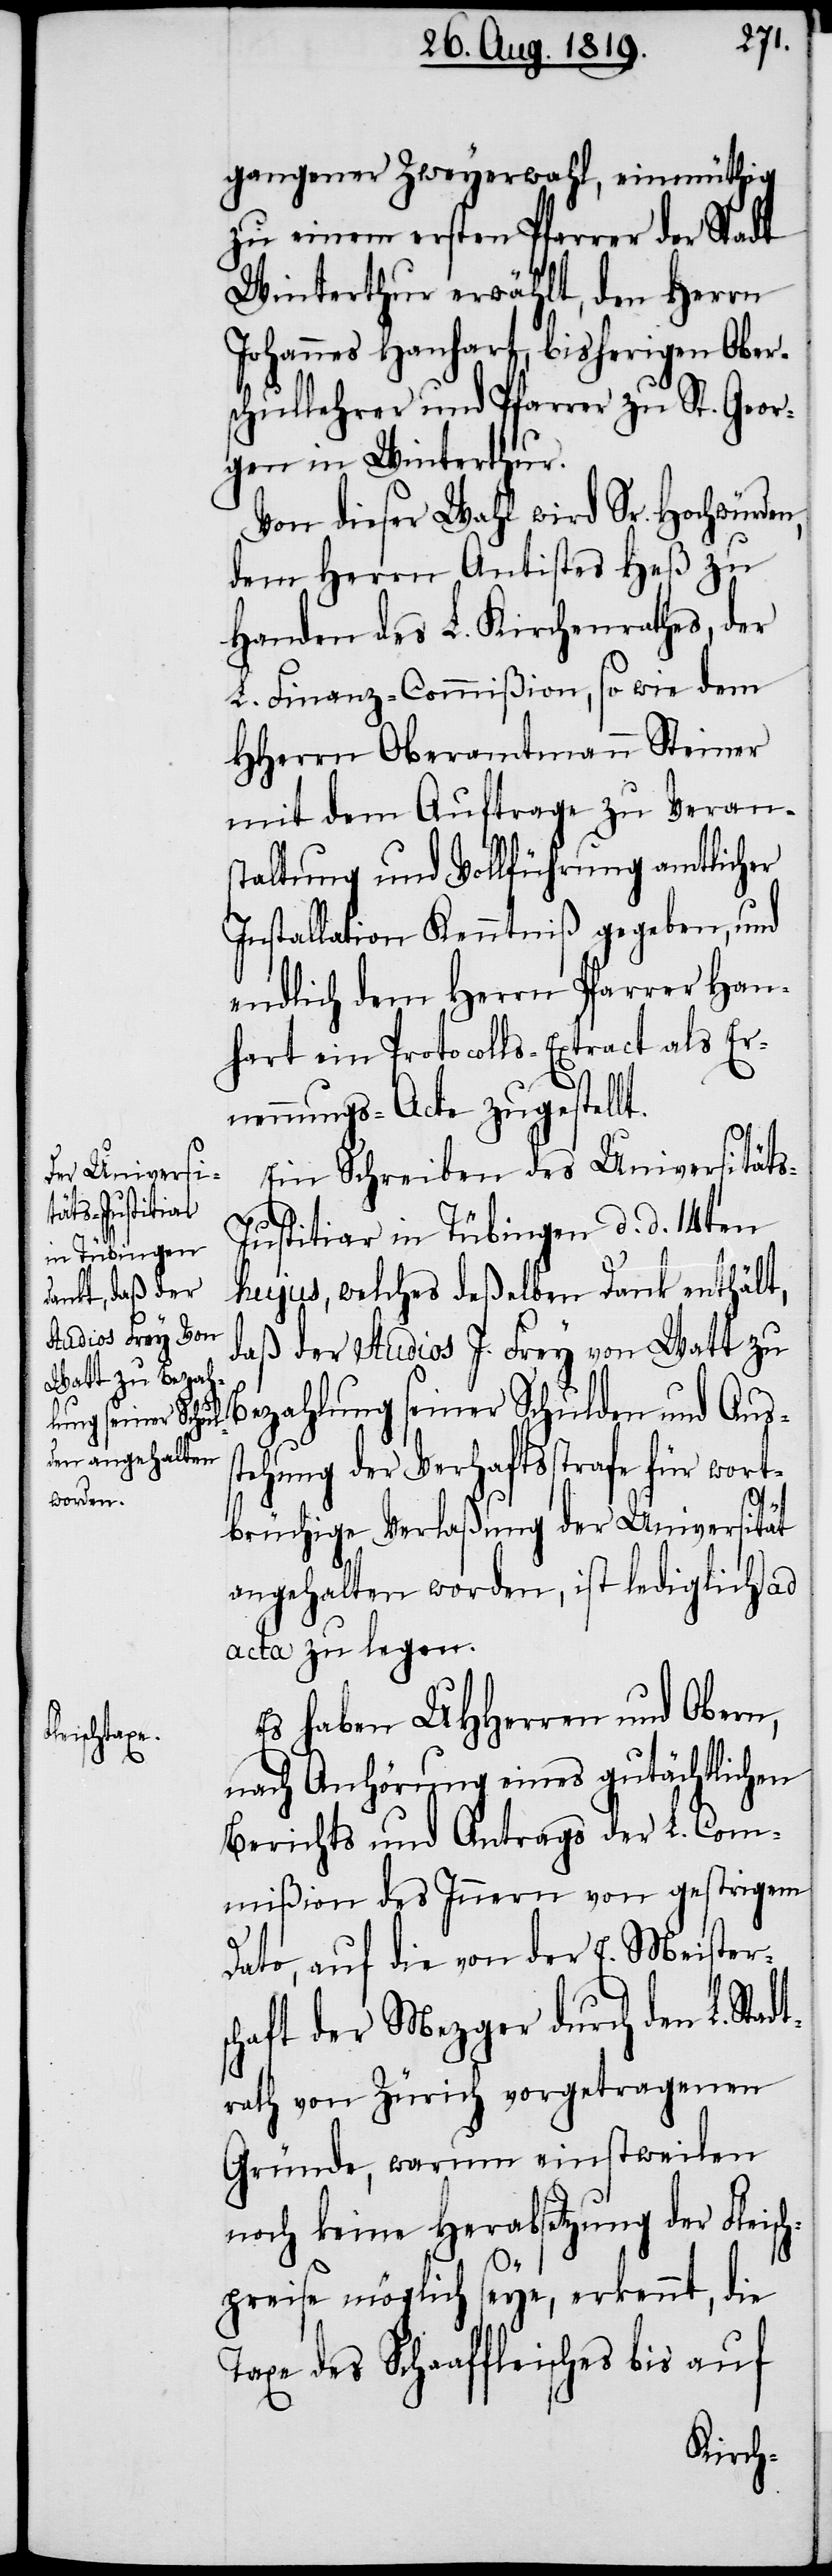
gangener Zweyerwahl, einmüthig
zu einem ersten Pfarrer der Stadt
Winterthur erwählt, den Herrn
Johannes Hanhart bisherigen Ober¬
schullehrer und Pfarrer zu St. Geor¬
gen in Winterthur.
Von dieser Wahl wird Sr. Hochwürden,
dem Herrn Antistes Heß zu
Handen des L. Kirchenrathes, der
L. Finanz-Commißion, so wie dem
HHerrn Oberamtmann Steiner
mit dem Auftrage zu Veran¬
staltung und Vollführung amtlicher
Installation Kenntniß gegeben, und
endlich dem Herrn Pfarrer Han¬
hart ein Protocolls-Extract als Er¬
nennungs-Acte zugestellt.
Ein Schreiben des Universität¬
ustitiar in Tübingen d. d. 14ten
hujus, welches deßelben Dank enthält,
daß der Studios J. Frey von Watt zu
Bezahlung seiner Schulden und Auss¬
tehung der Verhaftsstrafe für wort¬
brüchige Verlaßung der Universität
angehalten worden, ist lediglich ad
acta zu legen.
Es haben UHHerren und Obern,
nach Anhörung eines gutächtlichen
Berichts und Antrags der L. Com¬
mißion des Innern von gestrigem
Dato, auf die von der E. Meister¬
schaft der Mezger durch den L. Sta¬
rath von Zürich vorgetragenen
Gründe, warum einstweilen
noch keine Herabsetzung der Fleisch¬
dt¬
preise möglich seye, erkennt, die
Taxe des Schaaffleisches bis auf